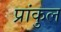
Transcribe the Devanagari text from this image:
प्रांकुल